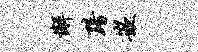
懈黯嵌